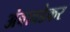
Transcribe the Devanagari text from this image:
अंबावडेकर